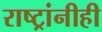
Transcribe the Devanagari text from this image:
राष्ट्रांनीही